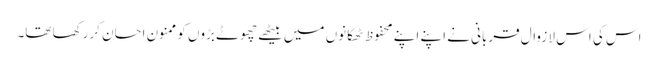
اس کی اس لا زوال قربانی نے اپنے اپنے محفوظ ٹھکانوں میں بیٹھے چھوٹے بڑوں کو ممنون احسان کررکھا تھا۔